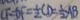
C F = D F = \frac { 1 } { 2 } C D = \frac { 1 } { 2 } A B